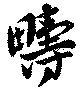
疇